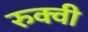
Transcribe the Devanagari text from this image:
रुक्‍वी